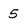
Character: 5